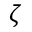
\zeta